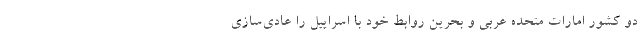
دو کشور امارات متحده عربی و بحرین روابط خود با اسراییل را عادی‌سازی